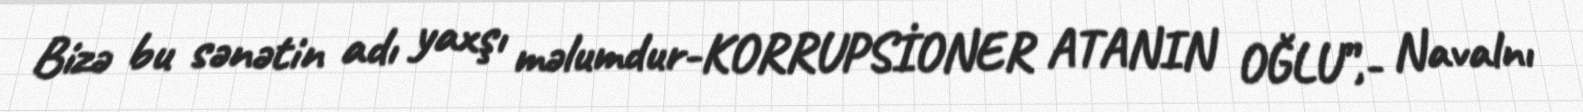
Bizə bu sənətin adı yaxşı məlumdur-KORRUPSİONER ATANIN OĞLU”,- Navalnı